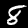
Label: 8